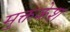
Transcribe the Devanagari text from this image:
मुक्तकेश